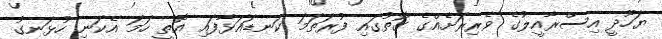
ޔަހޫދީ އިސްރާއީލުގެ ވެރިރަށެއްގެ ގޮތުގައި ފުރަތަމަ ކަނޑައަޅާފައި އޮތީ ހަމަ އެކަނި ހުޅަނގު